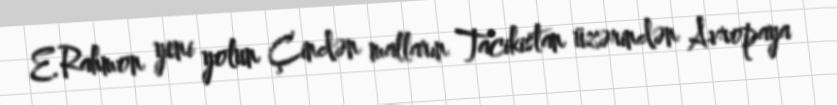
E.Rahmon yeni yolun Çindən malların Tacikistan üzərindən Avropaya